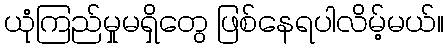
ယုံကြည်မှုမရှိတွေ ဖြစ်နေရပါလိမ့်မယ်။